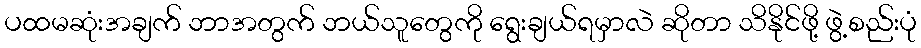
ပထမဆုံးအချက် ဘာအတွက် ဘယ်သူတွေကို ရွေးချယ်ရမှာလဲ ဆိုတာ သိနိုင်ဖို့ ဖွဲ့စည်းပုံ